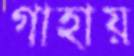
গাহায়